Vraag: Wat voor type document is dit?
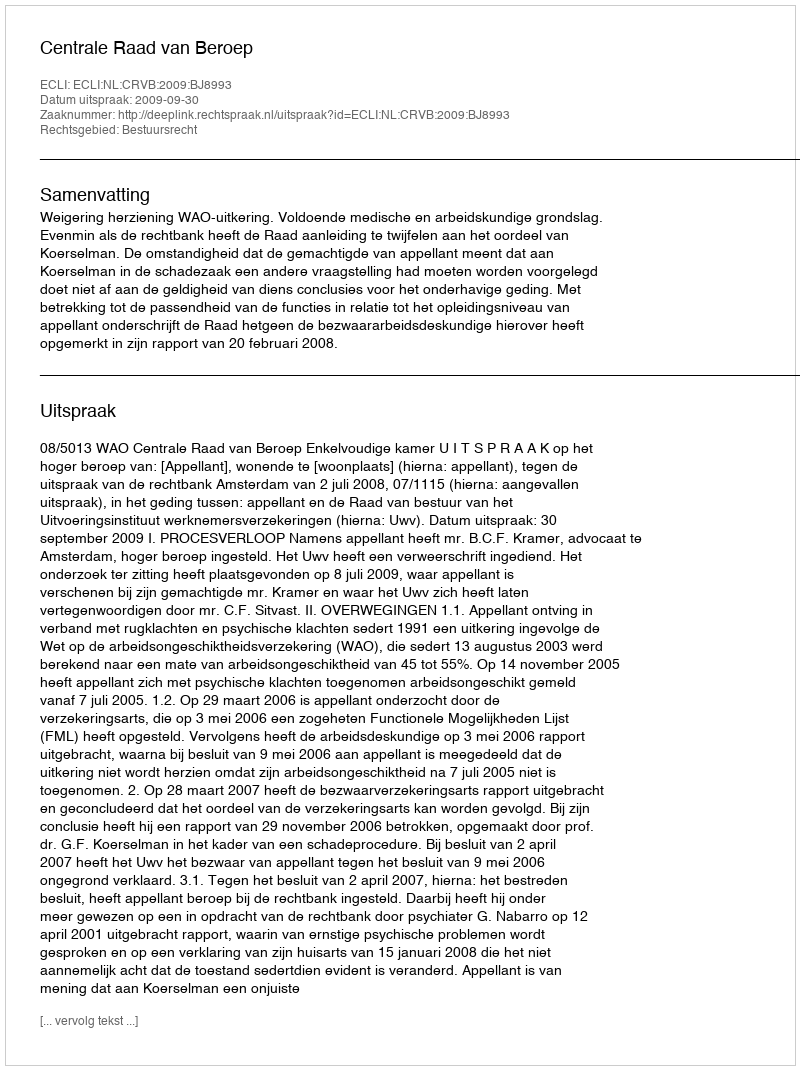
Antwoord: Uitspraak